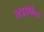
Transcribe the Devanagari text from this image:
स्टाइपेन्ड